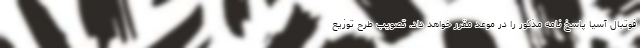
فوتبال آسیا پاسخ نامه مذکور را در موعد مقرر خواهد داد. تصویب طرح توزیع